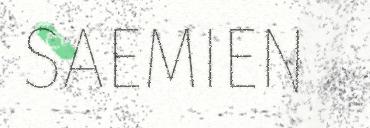
SAEMIEN